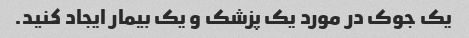
یک جوک در مورد یک پزشک و یک بیمار ایجاد کنید.